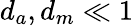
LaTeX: d_{a},d_{m}\ll 1